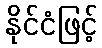
နိုင်ငံဖြင့်